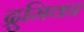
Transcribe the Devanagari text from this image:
द्रुमिका